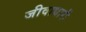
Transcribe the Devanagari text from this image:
जीवाधारी